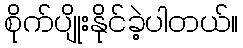
စိုက်ပျိုးနိုင်ခဲ့ပါတယ်။